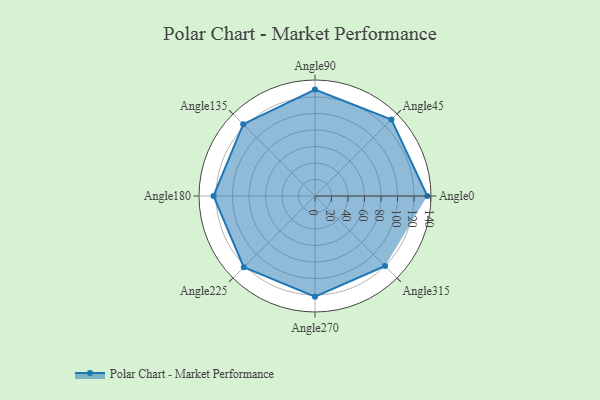
{"axis": {"x": "Angle", "y": "Radius"}, "legend": [""], "data": [{"x": "Angle0", "y": 136.0, "type": ""}, {"x": "Angle45", "y": 131.0, "type": ""}, {"x": "Angle90", "y": 129.0, "type": ""}, {"x": "Angle135", "y": 123.0, "type": ""}, {"x": "Angle180", "y": 123.0, "type": ""}, {"x": "Angle225", "y": 122.0, "type": ""}, {"x": "Angle270", "y": 122.0, "type": ""}, {"x": "Angle315", "y": 120.0, "type": ""}]}